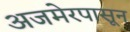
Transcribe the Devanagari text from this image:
अजमेरपासून